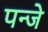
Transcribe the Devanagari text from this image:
पन्जे